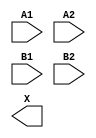
module sky130_fd_sc_ms__a22o (
    //# {{data|Data Signals}}
    input  A1,
    input  A2,
    input  B1,
    input  B2,
    output X
);

    // Voltage supply signals
    supply1 VPWR;
    supply0 VGND;
    supply1 VPB ;
    supply0 VNB ;

endmodule